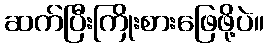
ဆက်ပြီးကြိုးစားဖြေဖို့ပဲ။